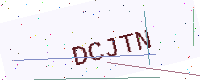
Text: DCJTN